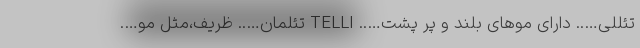
تئللی….. دارای موهای بلند و پر پشت….. TELLI تئلمان….. ظریف،مثل مو….